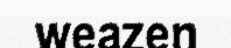
weazen